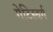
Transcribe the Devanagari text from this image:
गेटिस्बर्ग